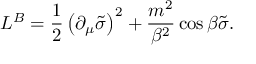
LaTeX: { \cal L } ^ { B } = \frac { 1 } { 2 } \left( \partial _ { \mu } \tilde { \sigma } \right) ^ { 2 } + \frac { m ^ { 2 } } { \beta ^ { 2 } } \cos \beta \tilde { \sigma } .